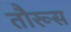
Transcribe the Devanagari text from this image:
तौरूस